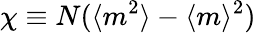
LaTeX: \chi\equiv N(\langle m^{2}\rangle-\langle m\rangle^{2})